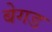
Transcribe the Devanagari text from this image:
बेगड